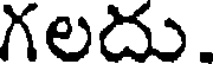
గలదు.